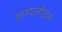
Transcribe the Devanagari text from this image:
ग्राम्यजीवन